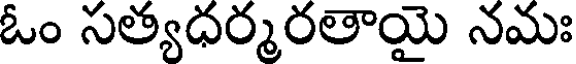
ఓం సత్యధర్మరతాయై నమః